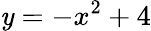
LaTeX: \mathit{y}=-x^{2}+4